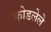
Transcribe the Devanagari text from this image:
फोडलेले